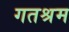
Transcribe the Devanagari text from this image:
गतश्रम